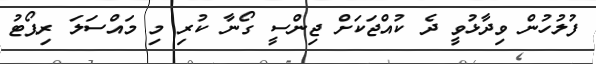
ފުލުހުން ވިދާޅުވީ ދެ ކުއްޖަކަށް ޖިންސީ ގޯނާ ކުރި މި މައްސަލަ ރިޕޯޓު